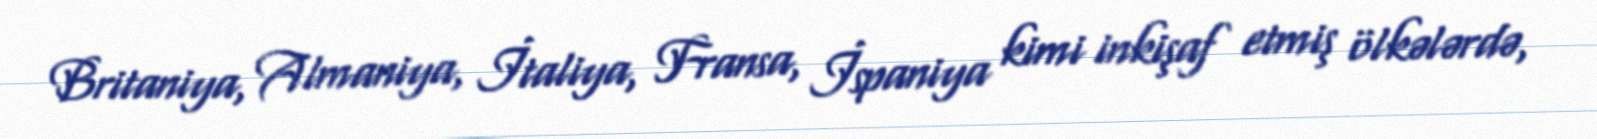
Britaniya, Almaniya, İtaliya, Fransa, İspaniya kimi inkişaf etmiş ölkələrdə,